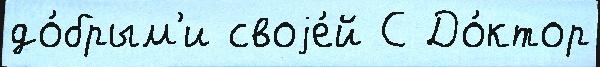
до́брым'и своjе́й С До́ктор